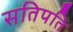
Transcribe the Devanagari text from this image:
सतिपति